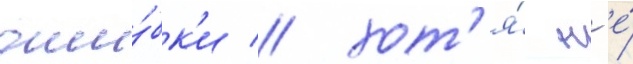
оши́бк'и / хот'я́ н'е́